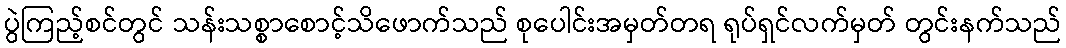
ပွဲကြည့်စင်တွင် သန်းသစ္စာစောင့်သိဖောက်သည် စုပေါင်းအမှတ်တရ ရုပ်ရှင်လက်မှတ် တွင်းနက်သည်